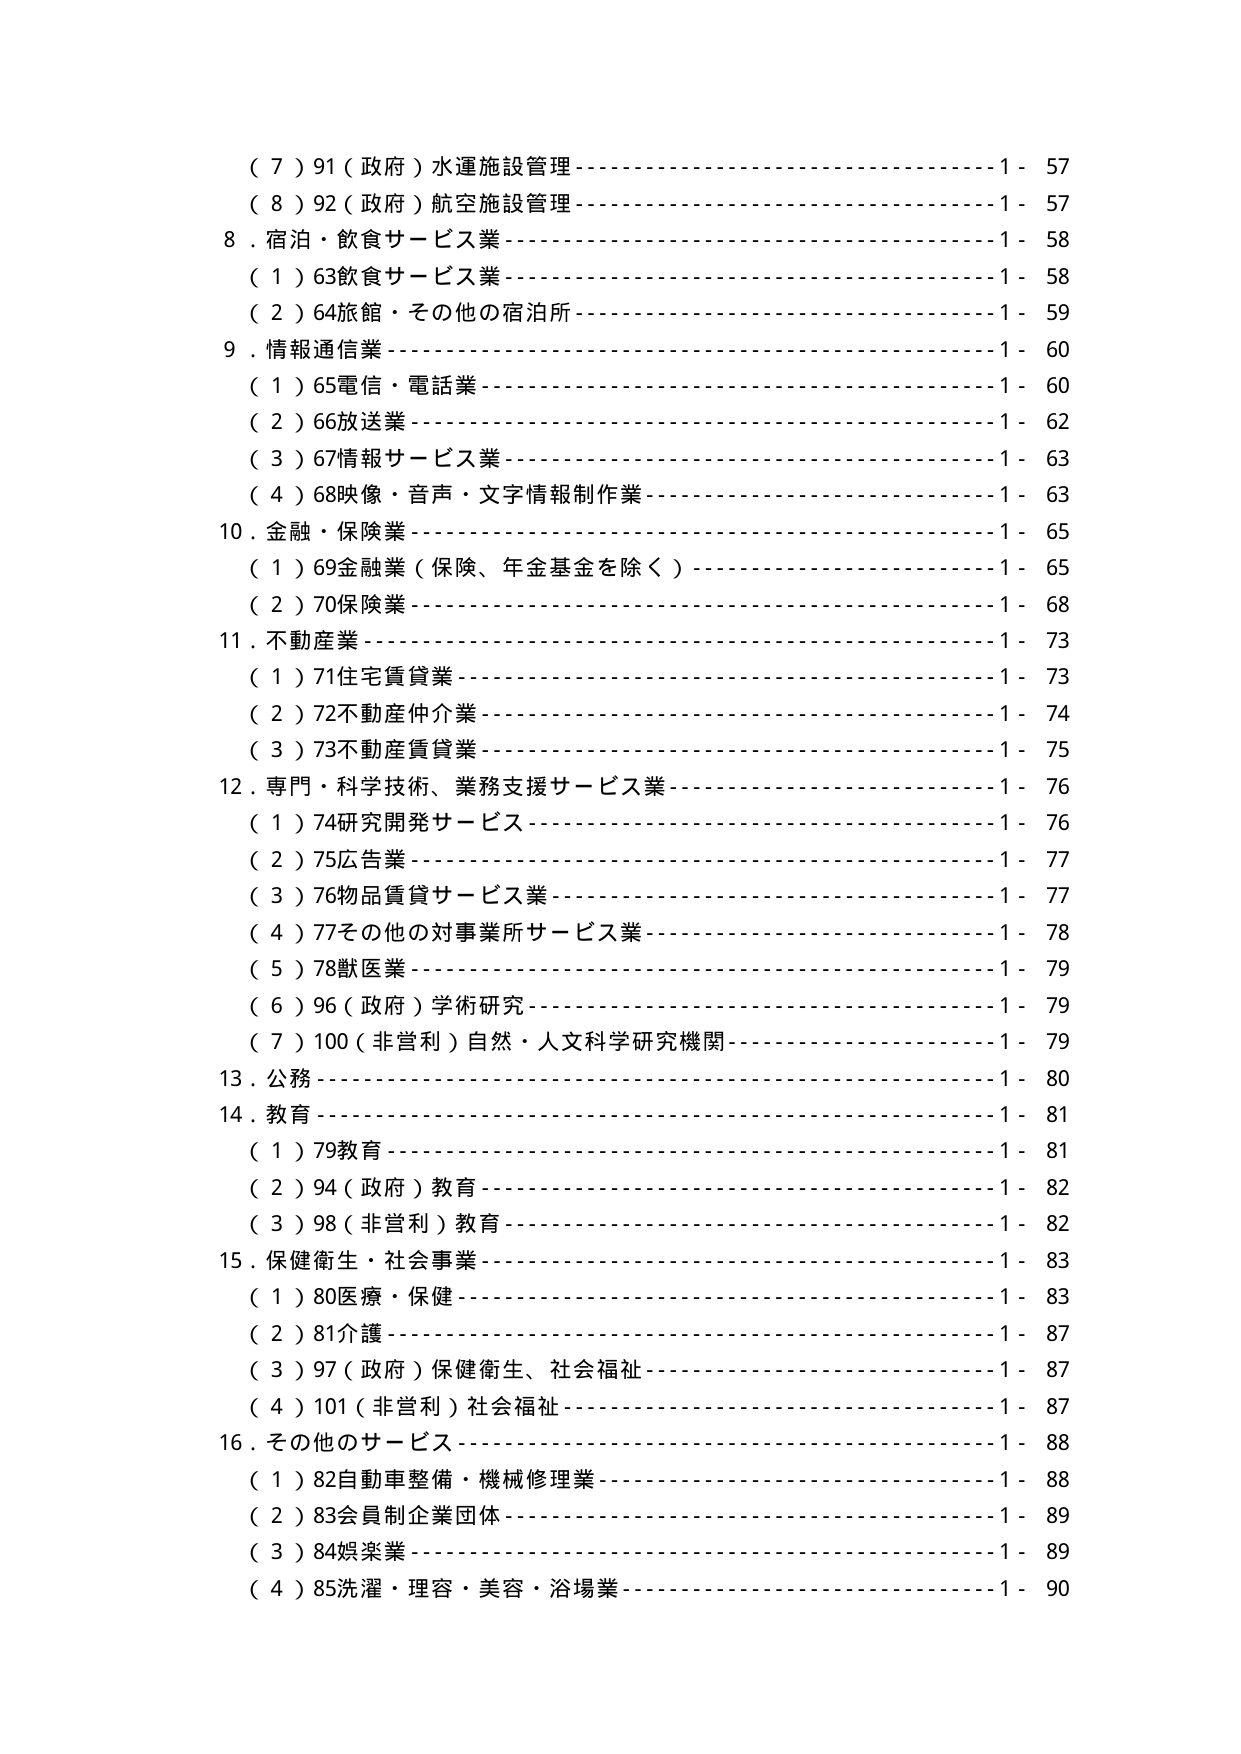
（７）91（政府）水運施設管理------------------------------------------1 - 57
（８）92（政府）航空施設管理------------------------------------------1 - 57
８．宿泊・飲食サービス業----------------------------------------------1 - 58
　（１）63飲食サービス業----------------------------------------------1 - 58
　（２）64旅館・その他の宿泊所----------------------------------------1 - 59
９．情報通信業--------------------------------------------------------1 - 60
　（１）65電信・電話業----------------------------------------------1 - 60
　（２）66放送業----------------------------------------------------1 - 62
　（３）67情報サービス業--------------------------------------------1 - 63
　（４）68映像・音声・文字情報制作業----------------------------------1 - 63
10．金融・保険業-----------------------------------------------------1 - 65
　（１）69金融業（保険、年金基金を除く）-----------------------------1 - 65
　（２）70保険業----------------------------------------------------1 - 68
11．不動産業---------------------------------------------------------1 - 73
　（１）71住宅賃貸業-----------------------------------------------1 - 73
　（２）72不動産仲介業---------------------------------------------1 - 74
　（３）73不動産賃貸業---------------------------------------------1 - 75
12．専門・科学技術、業務支援サービス業-------------------------------1 - 76
　（１）74研究開発サービス------------------------------------------1 - 76
　（２）75広告業----------------------------------------------------1 - 77
　（３）76物品賃貸サービス業----------------------------------------1 - 77
　（４）77その他の対事業所サービス業--------------------------------1 - 78
　（５）78獣医業----------------------------------------------------1 - 79
　（６）96（政府）学術研究------------------------------------------1 - 79
　（７）100（非営利）自然・人文科学研究機関--------------------------1 - 79
13．公務------------------------------------------------------------1 - 80
14．教育------------------------------------------------------------1 - 81
　（１）79教育------------------------------------------------------1 - 81
　（２）94（政府）教育----------------------------------------------1 - 82
　（３）98（非営利）教育--------------------------------------------1 - 82
15．保健衛生・社会事業----------------------------------------------1 - 83
　（１）80医療・保健-----------------------------------------------1 - 83
　（２）81介護------------------------------------------------------1 - 87
　（３）97（政府）保健衛生、社会福祉-------------------------------1 - 87
　（４）101（非営利）社会福祉---------------------------------------1 - 87
16．その他のサービス-----------------------------------------------1 - 88
　（１）82自動車整備・機械修理業------------------------------------1 - 88
　（２）83会員制企業団体--------------------------------------------1 - 89
　（３）84娯楽業----------------------------------------------------1 - 89
　（４）85洗濯・理容・美容・浴場業----------------------------------1 - 90